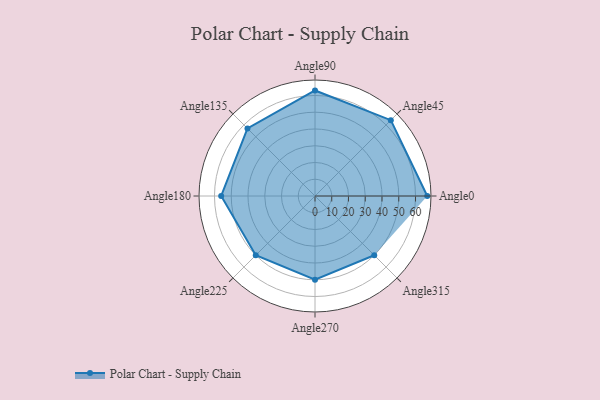
{"axis": {"x": "Angle", "y": "Radius"}, "legend": [""], "data": [{"x": "Angle0", "y": 67.0, "type": ""}, {"x": "Angle45", "y": 64.0, "type": ""}, {"x": "Angle90", "y": 63.0, "type": ""}, {"x": "Angle135", "y": 57.0, "type": ""}, {"x": "Angle180", "y": 56.0, "type": ""}, {"x": "Angle225", "y": 50, "type": ""}, {"x": "Angle270", "y": 50, "type": ""}, {"x": "Angle315", "y": 50, "type": ""}]}